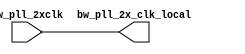
// ========== Copyright Header Begin ==========================================
// 
// OpenSPARC T1 Processor File: bw_clk_cl_ctu_2xcmp.v
// Copyright (c) 2006 Sun Microsystems, Inc.  All Rights Reserved.
// DO NOT ALTER OR REMOVE COPYRIGHT NOTICES.
// 
// The above named program is free software; you can redistribute it and/or
// modify it under the terms of the GNU General Public
// License version 2 as published by the Free Software Foundation.
// 
// The above named program is distributed in the hope that it will be 
// useful, but WITHOUT ANY WARRANTY; without even the implied warranty of
// MERCHANTABILITY or FITNESS FOR A PARTICULAR PURPOSE.  See the GNU
// General Public License for more details.
// 
// You should have received a copy of the GNU General Public
// License along with this work; if not, write to the Free Software
// Foundation, Inc., 51 Franklin St, Fifth Floor, Boston, MA 02110-1301, USA.
// 
// ========== Copyright Header End ============================================
// ------------------------------------------------------------------
module bw_clk_cl_ctu_2xcmp(bw_pll_2x_clk_local ,bw_pll_2xclk );
output		bw_pll_2x_clk_local ;
input		bw_pll_2xclk ;
 
assign  bw_pll_2x_clk_local =  bw_pll_2xclk;
/*
wire		net10 ;
bw_u1_ckbuf_33x I3 (
     .clk             (net10 ),
     .rclk            (bw_pll_2xclk ) );
bw_u1_ckbuf_33x local_driver_3_ (
     .clk             (bw_pll_2x_clk_local ),
     .rclk            (net10 ) );
bw_u1_ckbuf_33x local_driver_4_ (
     .clk             (bw_pll_2x_clk_local ),
     .rclk            (net10 ) );
bw_u1_ckbuf_33x local_driver_1_ (
     .clk             (bw_pll_2x_clk_local ),
     .rclk            (net10 ) );
bw_u1_ckbuf_33x local_driver_2_ (
     .clk             (bw_pll_2x_clk_local ),
     .rclk            (net10 ) );
bw_u1_ckbuf_33x local_driver_0_ (
     .clk             (bw_pll_2x_clk_local ),
     .rclk            (net10 ) );
*/
endmodule